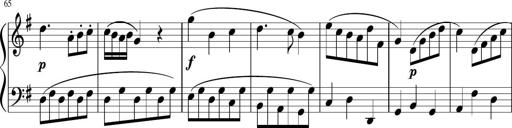
Title: 12 Keyboard Sonatinas
Composer: James Hook